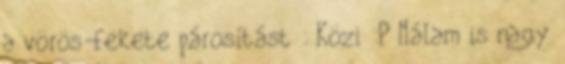
a vörös-fekete párosítást : Közi :P Nálam is nagy